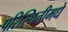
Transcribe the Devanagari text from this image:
परिस्थितीमधे